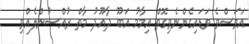
އަވަސްވެ ވަޑައިގެންނެވިގޮތް އިމާމު އަބޫ ދާއޫދު މާތް ރުއްސުންލެއްވި